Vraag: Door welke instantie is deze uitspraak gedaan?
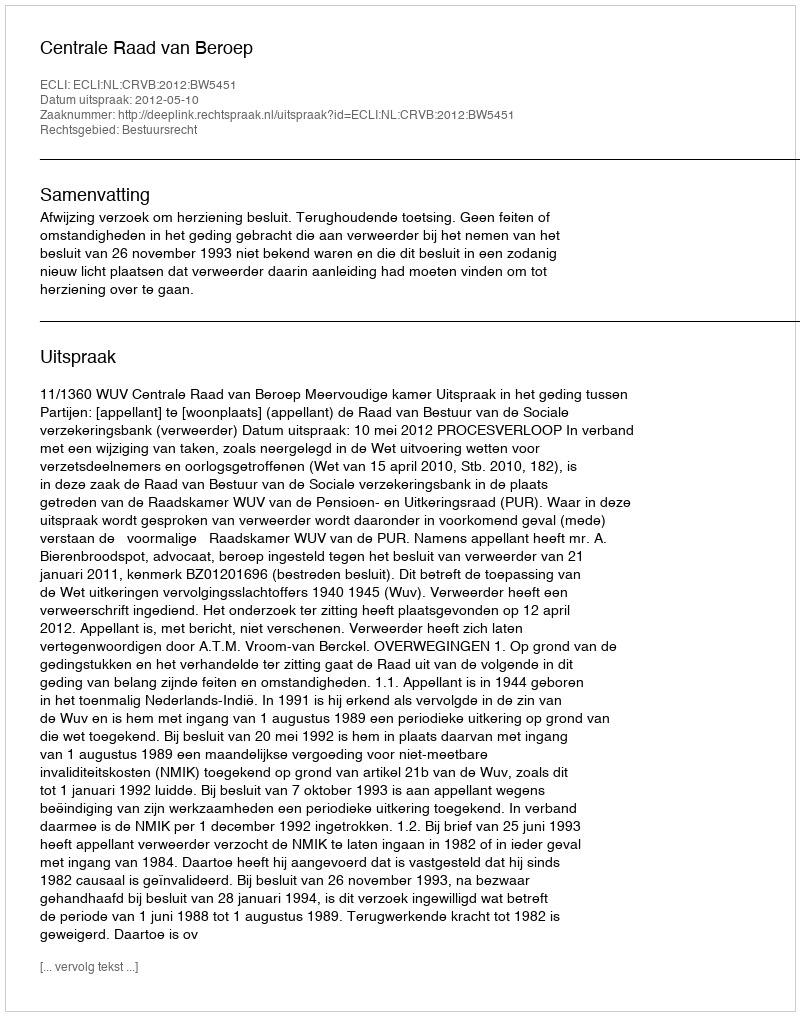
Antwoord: Centrale Raad van Beroep